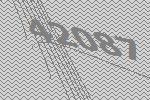
42087